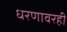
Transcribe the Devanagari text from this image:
धरणावरही